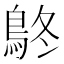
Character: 鴤